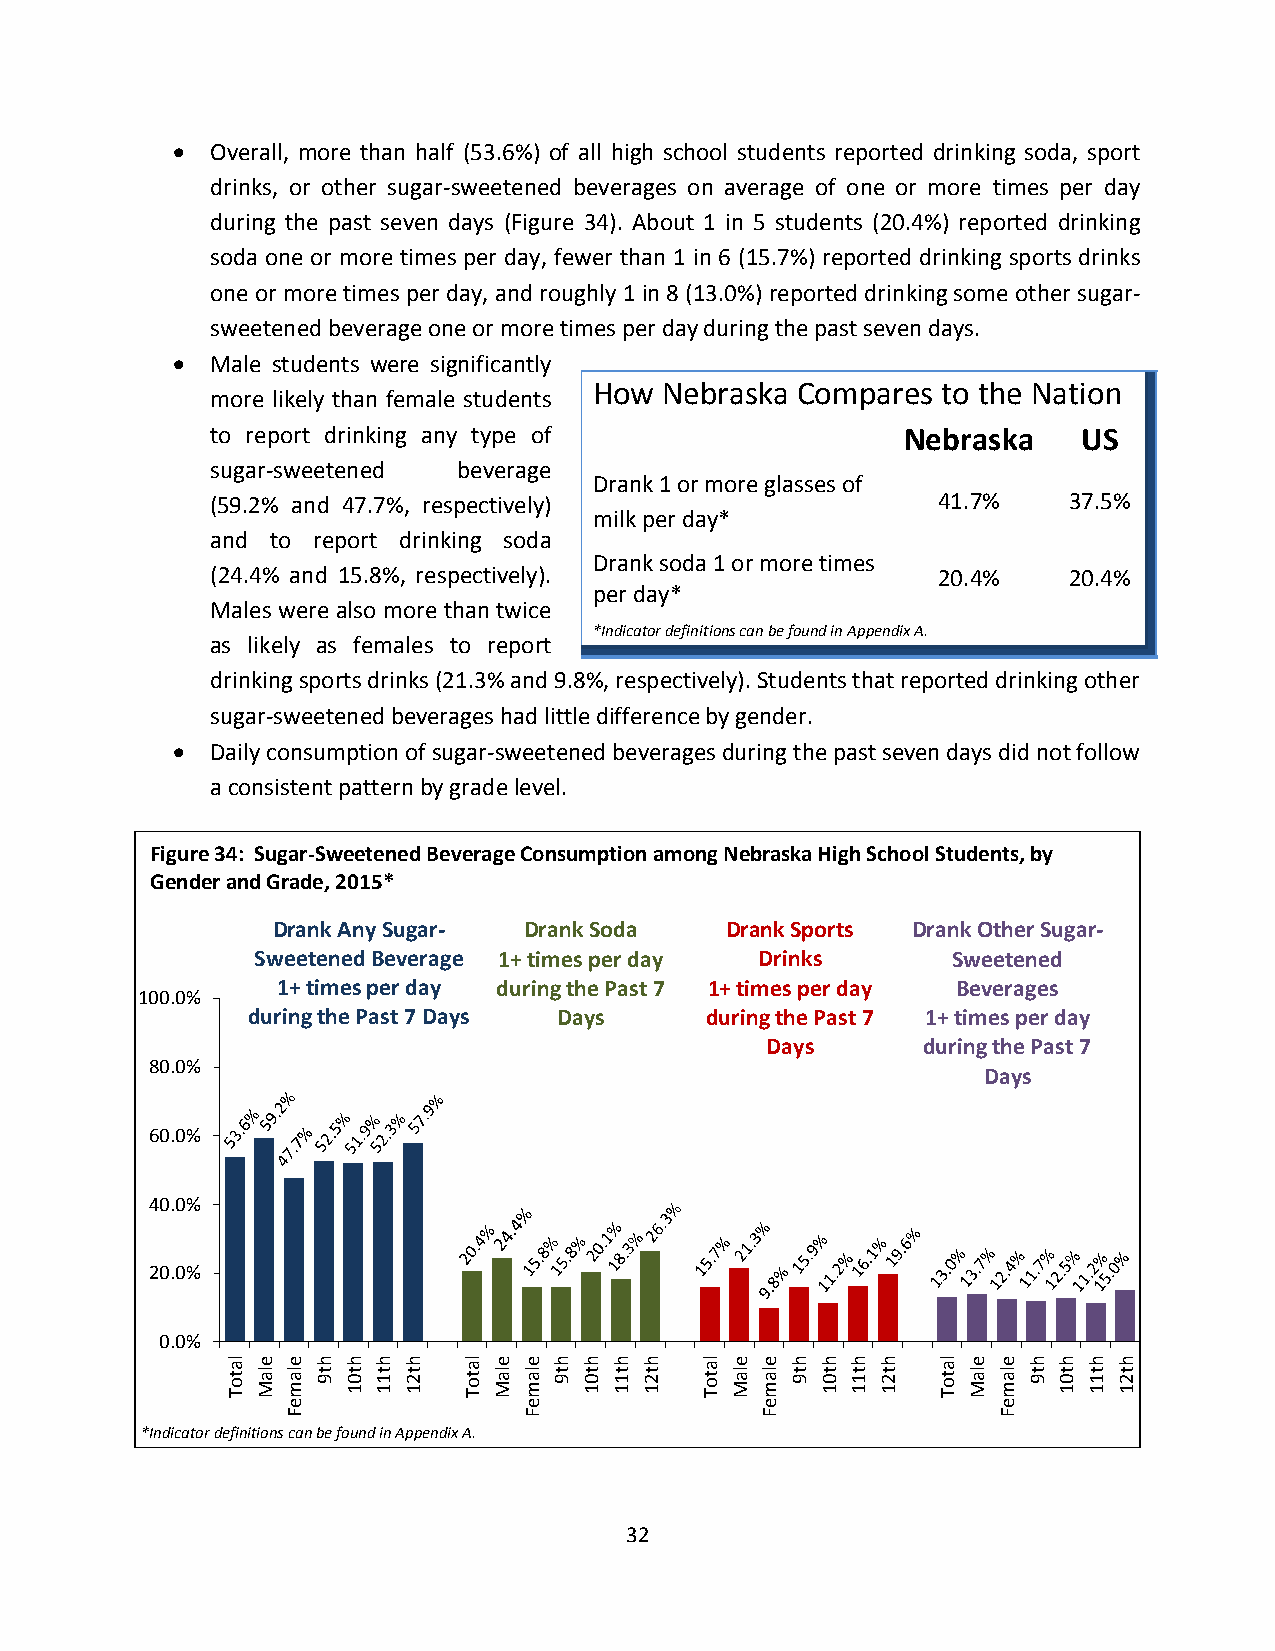
  Overall, more than half (53.6%) of all high school students reported drinking soda, sport
 drinks, or other sugar-sweetened beverages on average of one or more times per day
 during the past seven days (Figure 34). About 1 in 5 students (20.4%) reported drinking
 soda one or more times per day, fewer than 1 in 6 (15.7%) reported drinking sports drinks
 one or more times per day, and roughly 1 in 8 (13.0%) reported drinking some other sugar-
 sweetened beverage one or more times per day during the past seven days.
   Male students were significantly
 How  Nebraska Compares to the Nation
 more likely than female students
 to report drinking any type of                Nebraska    US
 sugar-sweetened beverage
 Drank 1 or more glasses of
 (59.2% and 47.7%, respectively)                 41.7%    37.5%
 milk per day*
 and to report drinking soda
 Drank soda 1 or more times
 (24.4% and 15.8%, respectively).                20.4%    20.4%
 per day*
 Males were also more than twice
 *Indicator definitions can be found in Appendix A.
 as likely as females to report
 drinking sports drinks (21.3% and 9.8%, respectively). Students that reported drinking other
 sugar-sweetened beverages had little difference by gender.
   Daily consumption of sugar-sweetened beverages during the past seven days did not follow
 a consistent pattern by grade level.
 Figure 34: Sugar-Sweetened Beverage Consumption among Nebraska High School Students, by
 Gender and Grade, 2015*
 Drank Any Sugar- Drank Soda   Drank Sports Drank Other Sugar-
 Sweetened Beverage 1+ times per day Drinks    Sweetened
 1+ times per day during the Past 7 1+ times per day Beverages
 100.0%
 during the Past 7 Days Days    during the Past 7 1+ times per day
 Days      during the Past 7
 80.0%
 Days
 60.0%
 40.0%
 20.0%
 0.0%
 la
 t o T
 e
 la M
 e
 la m
 h
 t 9
 h
 t 0 1
 h
 t 1 1
 h
 t 2 1
 la
 t o T
 e
 la M
 e
 la m
 h
 t 9
 h
 t 0 1
 h
 t 1 1
 h
 t 2 1
 la
 t o T
 e
 la M
 e
 la m
 h
 t 9
 h
 t 0 1
 h
 t 1 1
 h
 t 2 1
 la
 t o T
 e
 la M
 e
 la m
 h
 t 9
 h
 t 0 1
 h
 t 1 1
 h
 t 2 1
 e               e              e               e
 F               F              F               F
 *Indicator definitions can be found in Appendix A.
 32